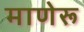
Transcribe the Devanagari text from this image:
माणेरू